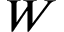
W